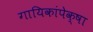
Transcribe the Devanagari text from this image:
गायिकांपेक्षा